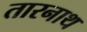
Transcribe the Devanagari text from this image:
तारनाथ